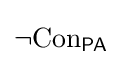
\neg {\mathrm {Con} }_{\mathsf {PA}}